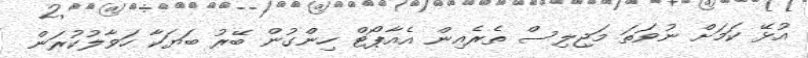
އުޅޭ ކަމަށް ނުވަތަ މަޖިލިސް ތެރެއިން އެއާޕޯޓް ހިންގުން ބޭރު ބަޔަކާ ހަވާލުކުރަން